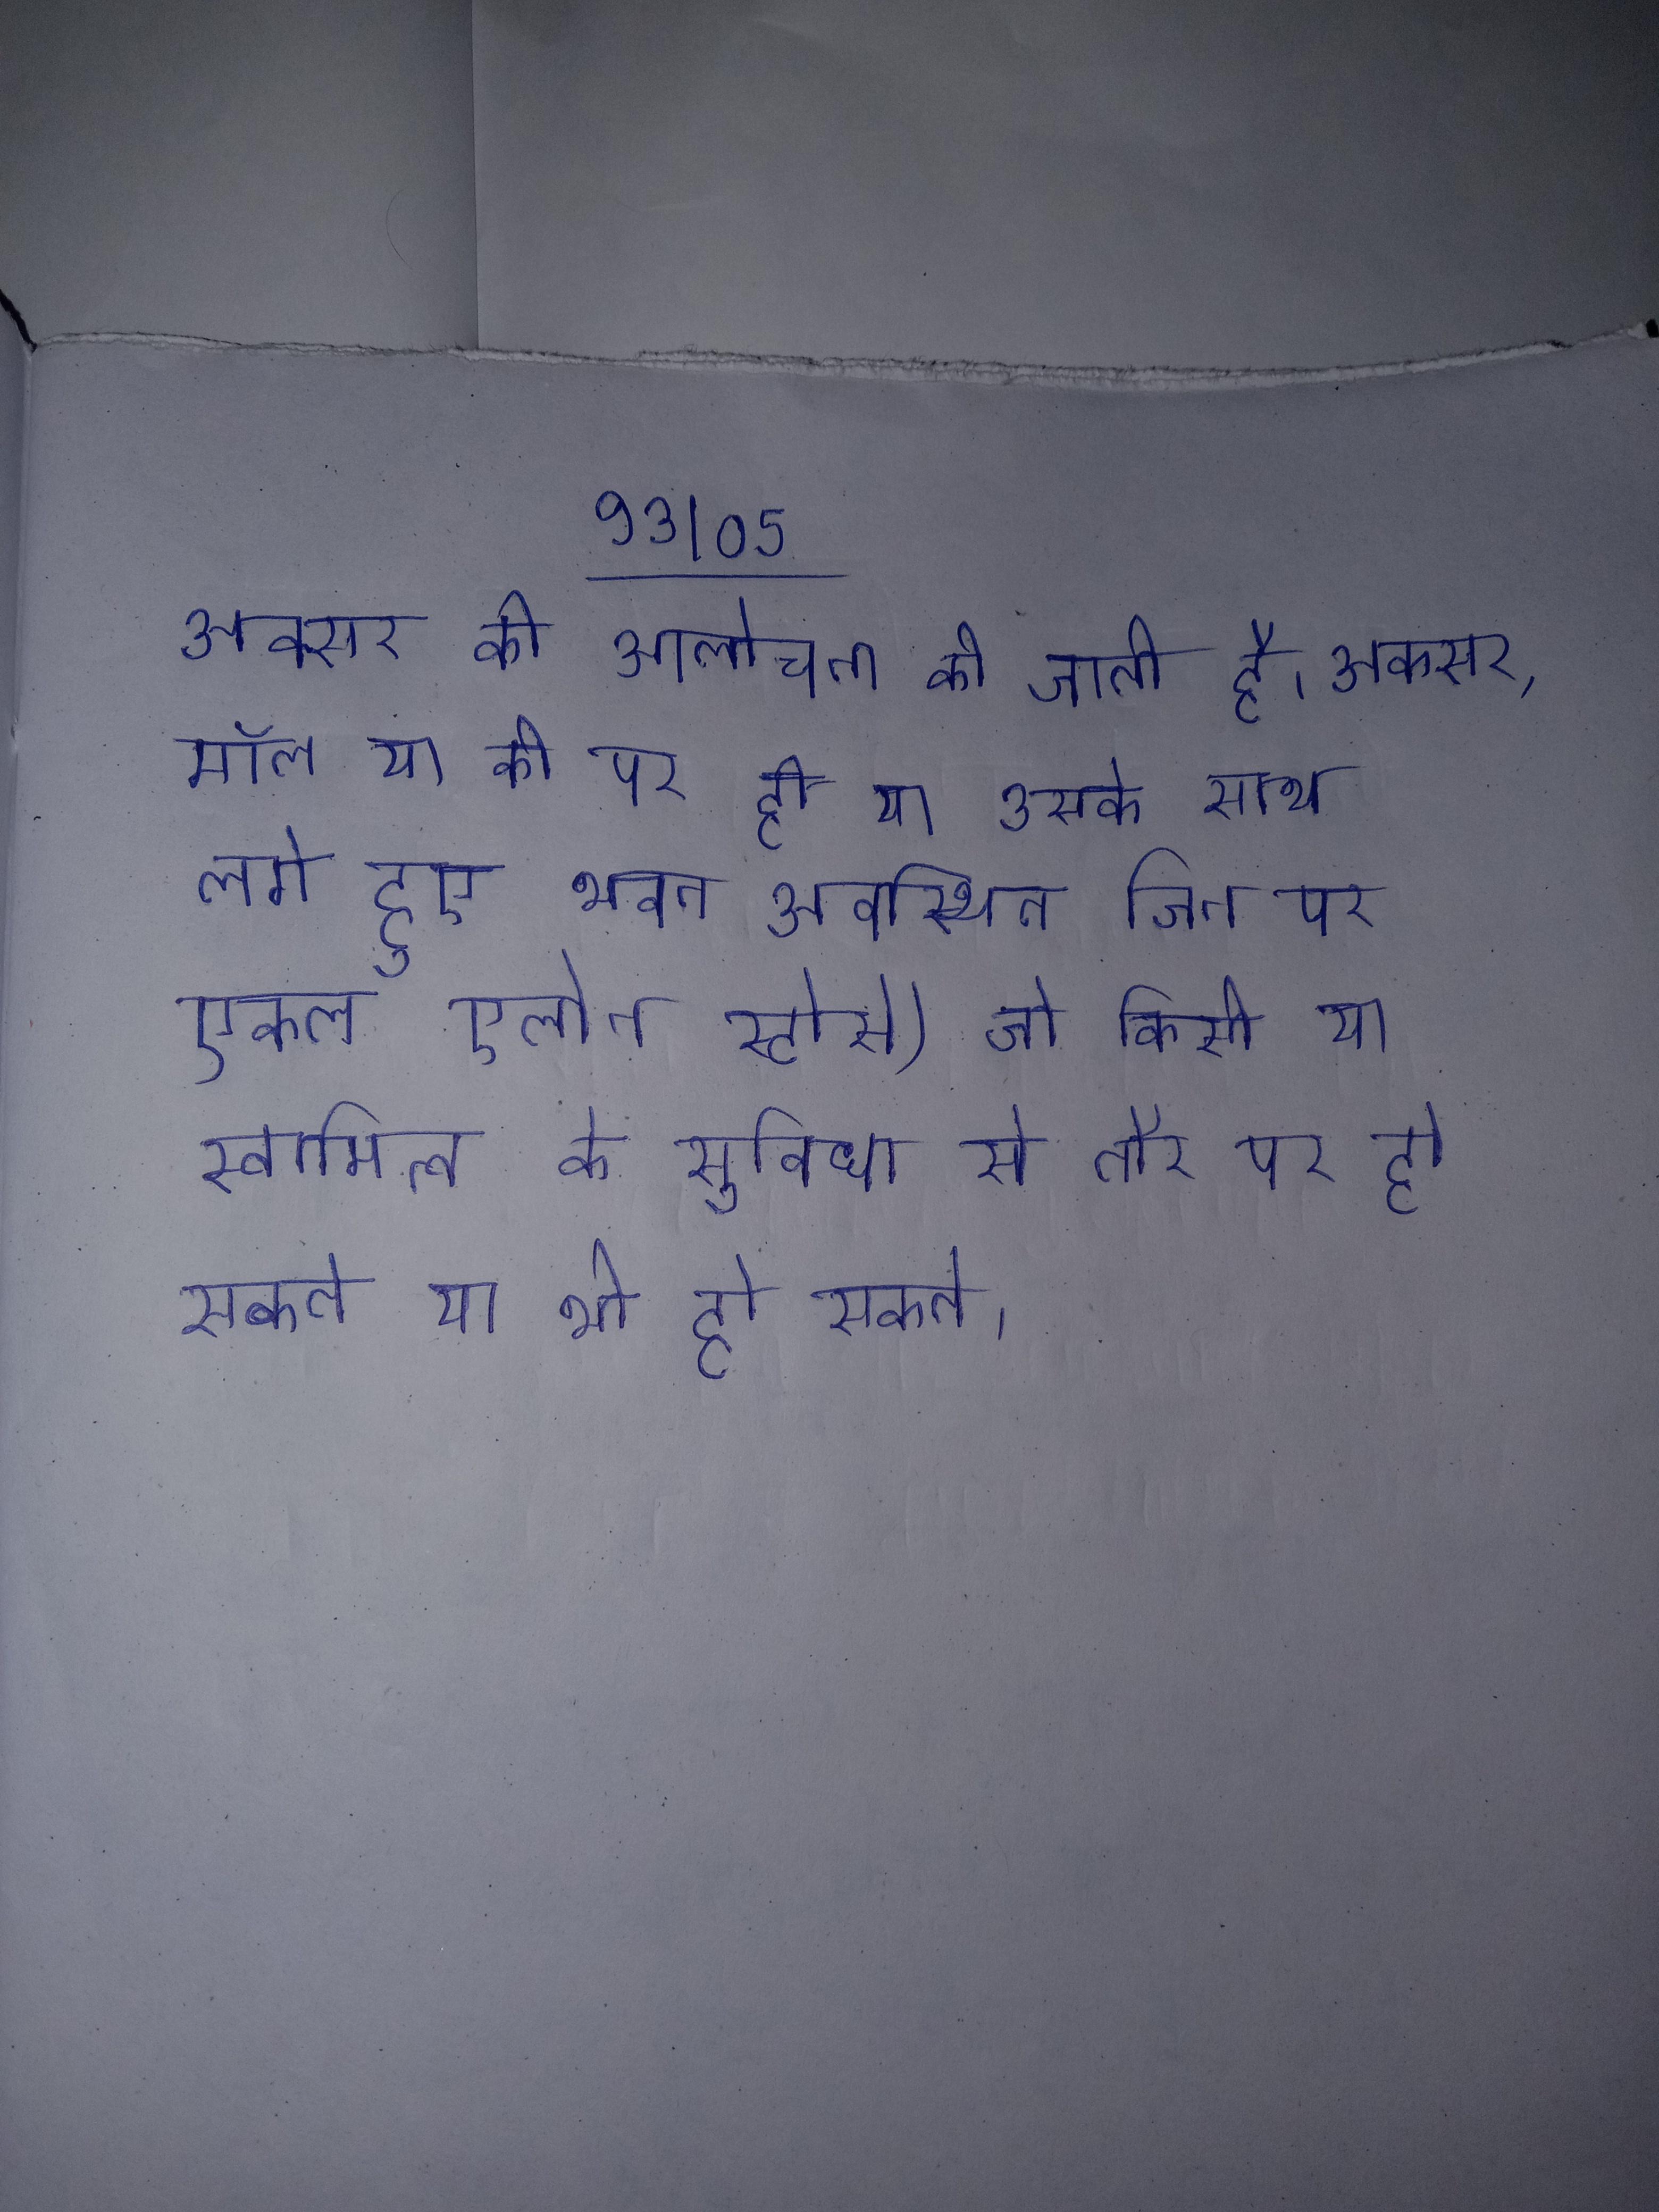
अक्सर की आलोचना की जाती है । अक्सर, मॉल या की पर ही या उसके साथ लगे हुए भवन अवस्थित जिन पर एकल एलोन स्टोर्स) जो किसी या स्वामित्व के सुविधा से तौर पर हो सकते या भी हो सकते ।